Report on the working of the Ranchi Indian Mental Hospital, Kanke, in Bihar and Orissa - 1930-1940
Year: 1930
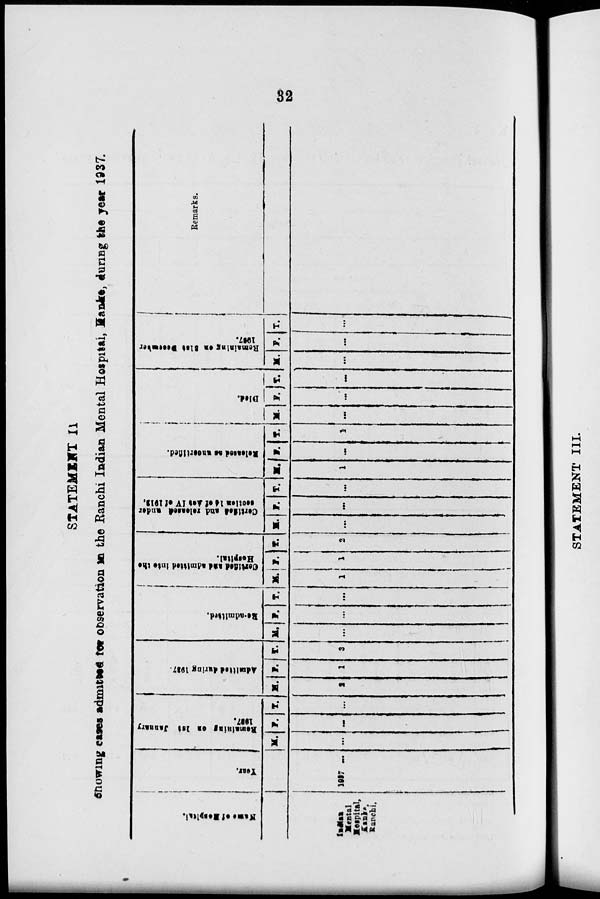
32
STATEMENT II
Showing cases admitted for observation in the Ranchi Indian Mental Hospital, Kanke, during the year 1937.
Name of Hospital.
Indian
Mental
Hospital,
Kanke,
Ranchi.
Year.
1937 ...
Remaining on 1st January
1937.
M.
...
F.
...
T.
...
Admitted during 1937.
M.
2
F.
1
T.
3
Re-admitted.
M.
...
F.
...
T.
...
Certified and admitted into the
Hospital.
M.
1
F.
1
T.
2
Certified and released under
section 14 of Act IV of 1912.
M.
...
F.
...
T.
...
Released as uncertified.
M.
1
F.
...
T.
1
Died.
M.
...
F.
...
T.
...
Remaining on 31st December
1937.
M.
...
F.
...
T.
...
Remarks.